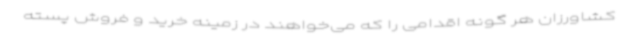
کشاورزان هر گونه اقدامی را که می‌خواهند در زمینه خرید و فروش پسته